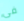
فى